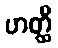
ဟတ္ထီ